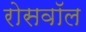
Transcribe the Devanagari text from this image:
रोसवॉल